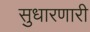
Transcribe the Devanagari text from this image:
सुधारणारी